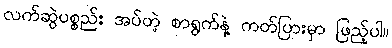
လက်ဆွဲပစ္စည်း အပ်တဲ့ စာရွက်နဲ့ ကတ်ပြားမှာ ဖြည့်ပါ။